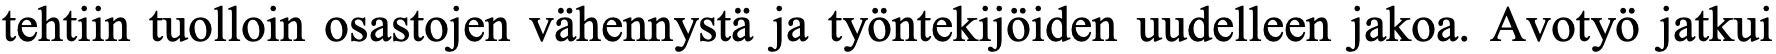
tehtiin tuolloin osastojen vähennystä ja työntekijöiden uudelleen jakoa. Avotyö jatkui